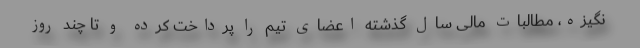
نگیزه، مطالبات مالی سال گذشته اعضای تیم را پرداخت کرده و تا چند روز